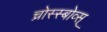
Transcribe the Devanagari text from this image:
च्रोस्स्बोव्स्